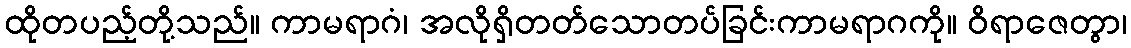
ထိုတပည့်တို့သည်။ ကာမရာဂံ၊ အလိုရှိတတ်သောတပ်ခြင်းကာမရာဂကို။ ဝိရာဇေတွာ၊